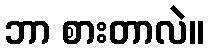
ဘာ စားတာလဲ။